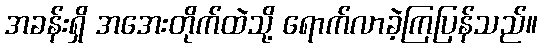
အခန်းရှိ အအေးတိုက်ထဲသို့ ရောက်လာခဲ့ကြပြန်သည်။